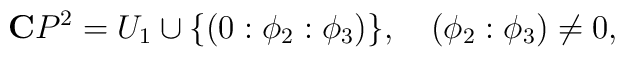
{\bf C}P^2 = U_1 \cup \{ (0:\phi_2:\phi_3)  \},\quad (\phi_2:\phi_3) \not= 0 ,